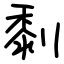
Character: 㓿